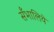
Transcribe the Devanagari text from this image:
सँभालिये